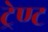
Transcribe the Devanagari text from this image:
ट्रेण्ट